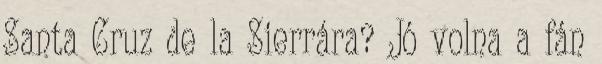
Santa Cruz de la Sierrára? Jó volna a fán